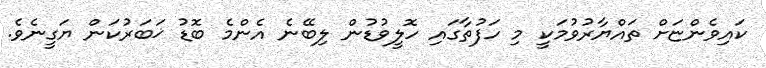
ކައިވެންޏަށް ތައްޔާރުވުމަކީ މި ހަފުތާގައި ހޮލީވުޑުން ލިބޭނެ އެންމެ ބޮޑު ޚަބަރުކަން ޔަގީނެވެ.